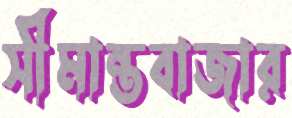
সীমান্তবাজার